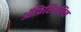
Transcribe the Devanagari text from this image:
ऑफ़िशिनलिस